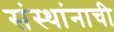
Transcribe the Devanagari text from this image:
संस्थांनाची